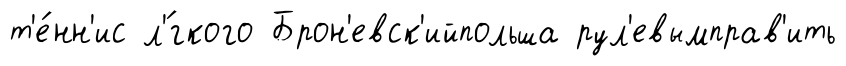
т'е́нн'ис л'́гкого Брон'евск'ийпольша рул'евымправ'ить